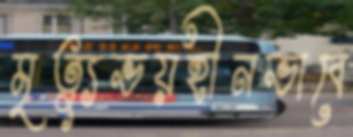
মৃত্যুভয়হীনভাবে